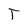
Character: T